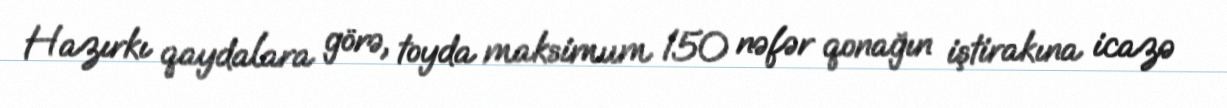
Hazırkı qaydalara görə, toyda maksimum 150 nəfər qonağın iştirakına icazə